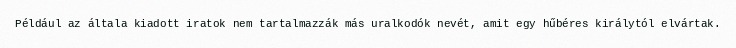
Például az általa kiadott iratok nem tartalmazzák más uralkodók nevét, amit egy hűbéres királytól elvártak.